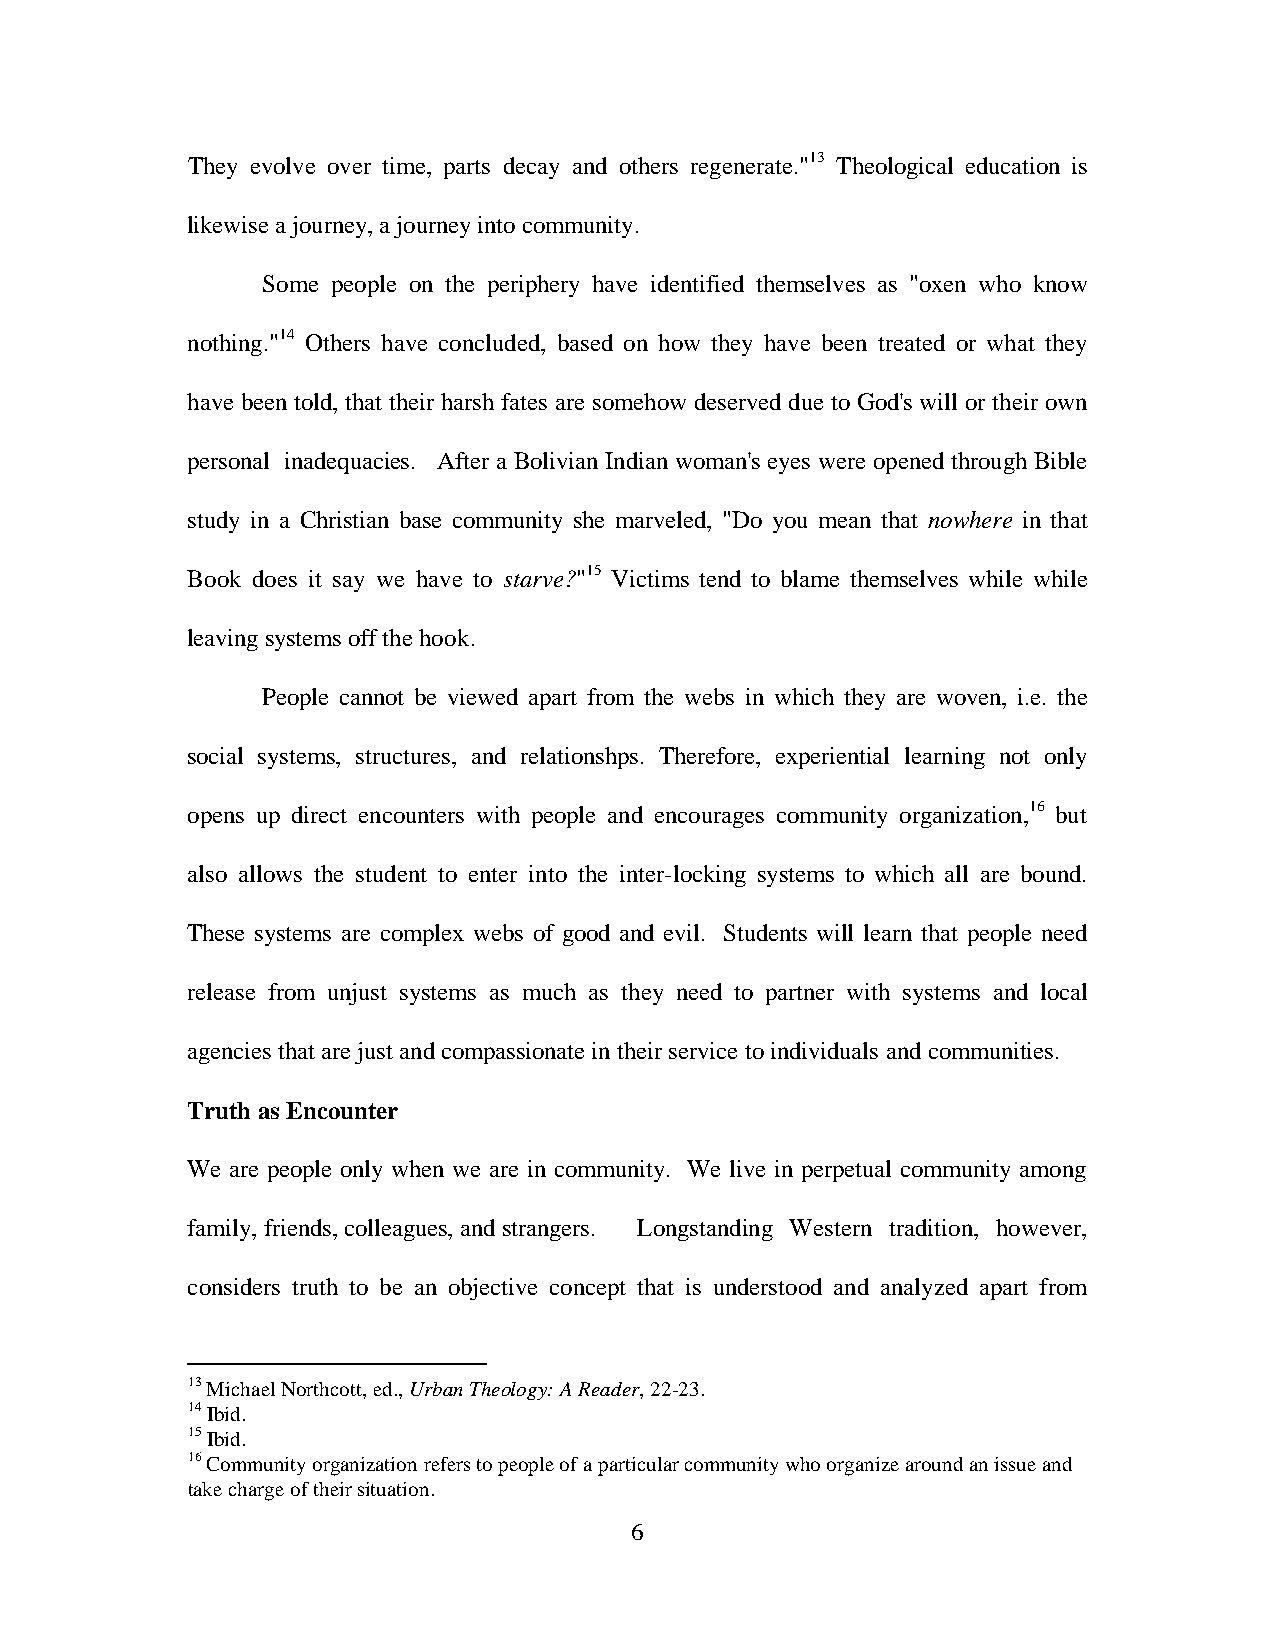
They evolve over time, parts decay and others regenerate."13 Theological education is
 likewise a journey, a journey into community.
 Some people on the periphery have identified themselves as "oxen who know
 nothing."14 Others have concluded, based on how they have been treated or what they
 have been told, that their harsh fates are somehow deserved due to God's will or their own
 personal inadequacies. After a Bolivian Indian woman's eyes were opened through Bible
 study in a Christian base community she marveled, "Do you mean that nowhere in that
 Book does it say we have to starve?"15 Victims tend to blame themselves while while
 leaving systems off the hook.
 People cannot be viewed apart from the webs in which they are woven, i.e. the
 social systems, structures, and relationshps. Therefore, experiential learning not only
 opens up direct encounters with people and encourages community organization,16 but
 also allows the student to enter into the inter-locking systems to which all are bound.
 These systems are complex webs of good and evil. Students will learn that people need
 release from unjust systems as much as they need to partner with systems and local
 agencies that are just and compassionate in their service to individuals and communities.
 Truth as Encounter
 We are people only when we are in community. We live in perpetual community among
 family, friends, colleagues, and strangers. Longstanding Western tradition, however,
 considers truth to be an objective concept that is understood and analyzed apart from
 13 Michael Northcott, ed., Urban Theology: A Reader, 22-23.
 14 Ibid.
 15 Ibid.
 16 Community organization refers to people of a particular community who organize around an issue and
 take charge of their situation.
 6